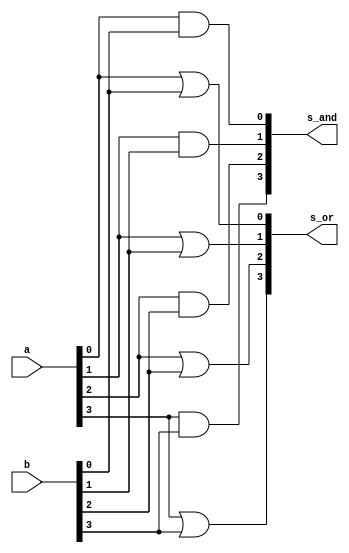
// -------------------------
// Exemplo0033 - OR/AND e NOR/NAND - 4 bits - Selecionvel
// Nome: Thaise Souto Martins
// -------------------------

module or_and(output [3:0] s_or, output [3:0] s_and,
              input [3:0] a, input [3:0] b);

	or D0 (s_or[0], a[0], b[0]);
	or D1 (s_or[1], a[1], b[1]);
	or D2 (s_or[2], a[2], b[2]);
	or D3 (s_or[3], a[3], b[3]);

	and A0 (s_and[0], a[0], b[0]);
	and A1 (s_and[1], a[1], b[1]);
	and A2 (s_and[2], a[2], b[2]);
	and A3 (s_and[3], a[3], b[3]);

endmodule // or_and

module nor_nand(output [3:0] s_nor, output [3:0] s_nand,
                input [3:0] a, input [3:0] b);

	nor ND0 (s_nor[0], a[0], b[0]);
	nor ND1 (s_nor[1], a[1], b[1]);
	nor ND2 (s_nor[2], a[2], b[2]);
	nor ND3 (s_nor[3], a[3], b[3]);

	nand NA0 (s_nand[0], a[0], b[0]);
	nand NA1 (s_nand[1], a[1], b[1]);
	nand NA2 (s_nand[2], a[2], b[2]);
	nand NA3 (s_nand[3], a[3], b[3]);

endmodule // nor_nand

module subcircuito(output [3:0] s1, output [3:0] s2,
                   input chave, input [3:0] a, input [3:0] b);
	wire [3:0] s_or_and_OR;
	wire [3:0] s_or_and_AND;
	wire [3:0] s_nor_nand_NOR;
	wire [3:0] s_nor_nand_NAND;
	wire chaveNegada;
	wire [3:0] intermedio1;
	wire [3:0] intermedio2;
	wire [3:0] intermedio1b;
	wire [3:0] intermedio2b;

	or_and N1 (s_or_and_OR, s_or_and_AND, a, b);
	nor_nand N2 (s_nor_nand_NOR, s_nor_nand_NAND, a, b);
	
	// primeiro vamos decidir qual  o valor de s1, OR ou NOR
	// para depois decidir qual  o valor de s2, AND ou NAND.

	// OR ou NOR

	not S0 (chaveNegada, chave);

	and S1 (intermedio1[0], s_or_and_OR[0], chaveNegada);
	and S2 (intermedio2[0], s_nor_nand_NOR[0], chave);
	or S3 (s1[0], intermedio1[0], intermedio2[0]);

	and S4 (intermedio1[1], s_or_and_OR[1], chaveNegada);
	and S5 (intermedio2[1], s_nor_nand_NOR[1], chave);
	or S6 (s1[1], intermedio1[1], intermedio2[1]);

	and S7 (intermedio1[2], s_or_and_OR[2], chaveNegada);
	and S8 (intermedio2[2], s_nor_nand_NOR[2], chave);
	or S9 (s1[2], intermedio1[2], intermedio2[2]);

	and S10 (intermedio1[3], s_or_and_OR[3], chaveNegada);
	and S11 (intermedio2[3], s_nor_nand_NOR[3], chave);
	or S12 (s1[3], intermedio1[3], intermedio2[3]);

	// AND ou NAND

	and S13 (intermedio1b[0], s_or_and_AND[0], chaveNegada);
	and S14 (intermedio2b[0], s_nor_nand_NAND[0], chave);
	or S15 (s2[0], intermedio1b[0], intermedio2b[0]);

	and S16 (intermedio1b[1], s_or_and_AND[1], chaveNegada);
	and S17 (intermedio2b[1], s_nor_nand_NAND[1], chave);
	or S18 (s2[1], intermedio1b[1], intermedio2b[1]);

	and S19 (intermedio1b[2], s_or_and_AND[2], chaveNegada);
	and S20 (intermedio2b[2], s_nor_nand_NAND[2], chave);
	or S21 (s2[2], intermedio1b[2], intermedio2b[2]);

	and S22 (intermedio1b[3], s_or_and_AND[3], chaveNegada);
	and S23 (intermedio2b[3], s_nor_nand_NAND[3], chave);
	or S24 (s2[3], intermedio1b[3], intermedio2b[3]);

endmodule // subcircuito

module test_subcircuito;
	// ------------------------- definir dados
	reg chave;
	reg [3:0] x;
	reg [3:0] y;
	wire [3:0] s1;
	wire [3:0] s2;
	subcircuito modulo (s1, s2, chave, x, y);
	// ------------------------- parte principal
	initial begin
		$display("Exemplo0033 - Thaise Souto Martins - 395504");
		$display("Test LU's module");
		x = 4'b0011;
		y = 4'b0101;
		chave = 0;
		#1 $display("chave = 0,  or(%3b, %3b) = %3b", x, y, s1);
		$display("chave = 0,  and(%3b, %3b) = %3b", x, y, s2);
		chave = 1;
		#1 $display("chave = 1,  nor(%3b, %3b) = %3b", x, y, s1);
		$display("chave = 1,  nand(%3b, %3b) = %3b", x, y, s2);
	end
endmodule // test_subcircuito